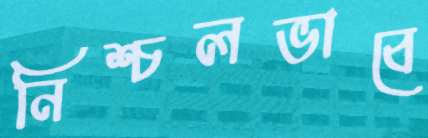
নিশ্চলভাবে